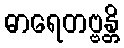
ဓာရေတဗ္ဗန္တိ